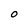
Character: O